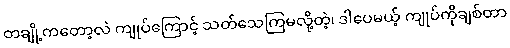
တချို့ကတော့လဲ ကျုပ်ကြောင့် သတ်သေကြမလို့တဲ့၊ ဒါပေမယ့် ကျုပ်ကိုချစ်တာ